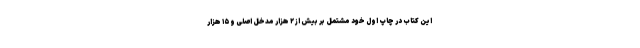
این کتاب در چاپ اول خود مشتمل بر بیش از ۲ هزار مدخل اصلی و ۱۵ هزار